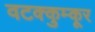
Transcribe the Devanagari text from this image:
वटक्कुम्कूर